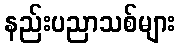
နည်းပညာသစ်များ